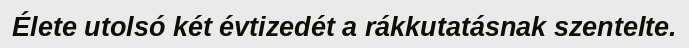
Élete utolsó két évtizedét a rákkutatásnak szentelte.